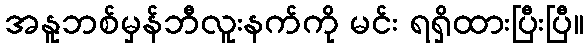
အနူဘစ်မှန်ဘီလူးနက်ကို မင်း ရရှိထားပြီးပြီ။